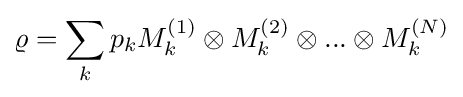
\varrho =\sum _{k}p_{k}M_{k}^{(1)}\otimes M_{k}^{(2)}\otimes ...\otimes M_{k}^{(N)}